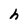
Character: h